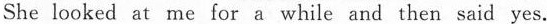
She looked at me for a while and then said yes.